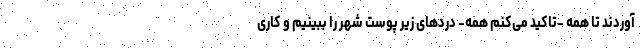
آوردند تا همه -تاکید می‌کنم همه- دردهای زیر پوست شهر را ببینیم و کاری